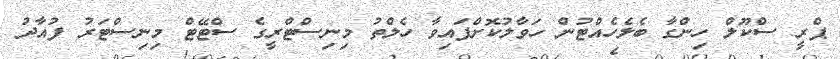
ޕްރީ ސްކޫލް ހިންގާ ބެލެހެއްޓުން ހަވާލުކޮށްފައިވާ ހެލްތު މިނިސްޓްރީގެ ސްޓޭޓް މިނިސްޓަރު ފުއާދު